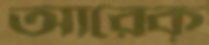
আরেক্